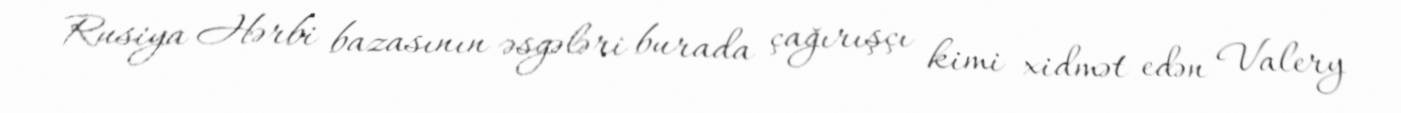
Rusiya Hərbi bazasının əsgələri burada çağırışçı kimi xidmət edən Valery